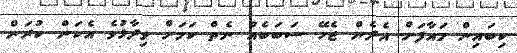
ކިބައިން މައާފަށް އެދެން ޖެހޭ ސަބަބެެއް ނެތް ކަމަށް ވިދާޅުވެ އެކަން ކުރަން